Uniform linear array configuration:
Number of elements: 16
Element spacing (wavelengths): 1
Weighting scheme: cosine
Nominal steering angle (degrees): -60
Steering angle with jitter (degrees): -60.502
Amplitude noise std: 0.05
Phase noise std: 0.05

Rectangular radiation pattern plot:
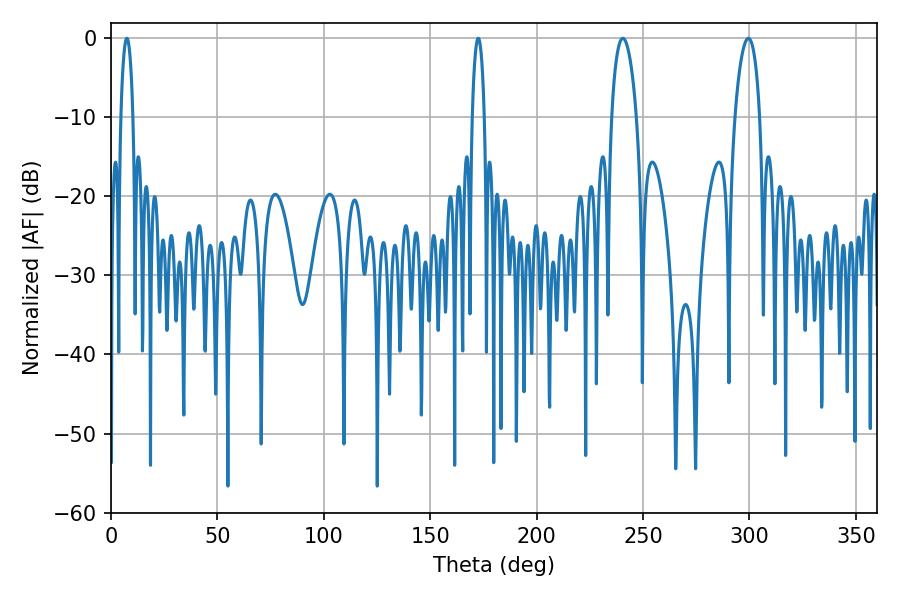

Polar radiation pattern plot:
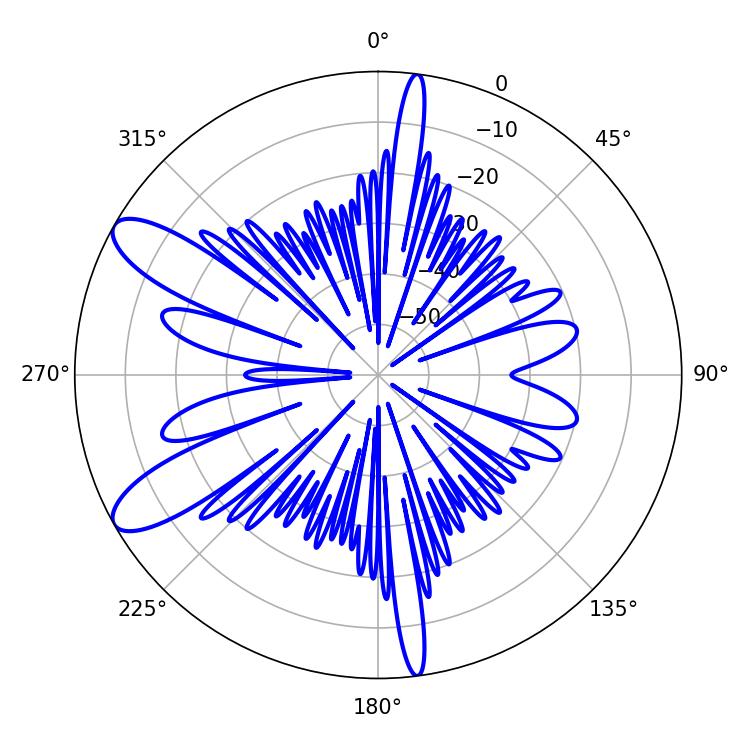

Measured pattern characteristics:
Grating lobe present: TRUE
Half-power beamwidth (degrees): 6.66
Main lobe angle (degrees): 240.48